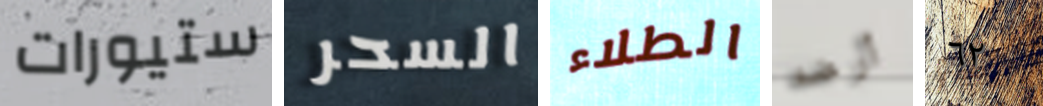
ستيورات السحر الطلاء أرضه ٦٢